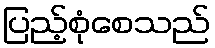
ပြည့်စုံစေသည်